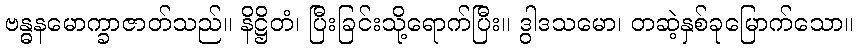
ဗန္ဓနမောက္ခာဇာတ်သည်။ နိဋ္ဌိတံ၊ ပြီးခြင်းသို့ရောက်ပြီး။ ဒွါဒသမော၊ တဆဲ့နှစ်ခုမြောက်သော။